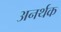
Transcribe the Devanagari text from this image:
अनर्थक